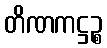
တိဏကဋ္ဌဉ္စ